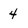
Character: 4